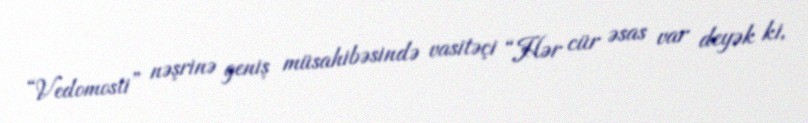
“Vedomosti” nəşrinə geniş müsahibəsində vasitəçi “Hər cür əsas var deyək ki,